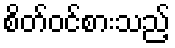
စိတ်ဝင်စားသည့်